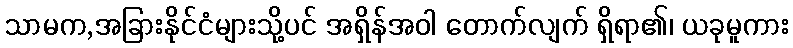
သာမက,အခြားနိုင်ငံများသို့ပင် အရှိန်အဝါ တောက်လျက် ရှိရာ၏၊ ယခုမူကား